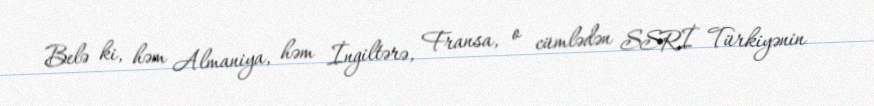
Belə ki, həm Almaniya, həm İngiltərə, Fransa, o cümlədən SSRİ Türkiyənin